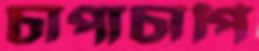
চাপাচাপি